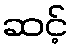
ဆင့်